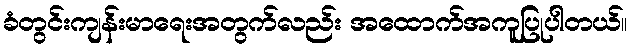
ခံတွင်းကျန်းမာရေးအတွက်လည်း အထောက်အကူပြုပါတယ်။